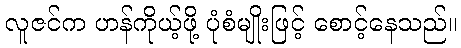
လူဇင်က ဟန်ကိုယ့်ဖို့ ပုံစံမျိုးဖြင့် စောင့်နေသည်။